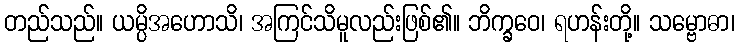
တည်သည်။ ယမ္ပိအဟောသိ၊ အကြင်သိမူလည်းဖြစ်၏။ ဘိက္ခဝေ၊ ရဟန်းတို့။ သမ္ဗောဓာ၊